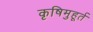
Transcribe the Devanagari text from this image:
कृषिमुहूर्त